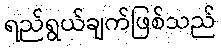
ရည်ရွယ်ချက်ဖြစ်သည်